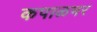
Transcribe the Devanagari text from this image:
कपाळभर